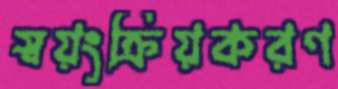
স্বয়ংক্রিয়করণ